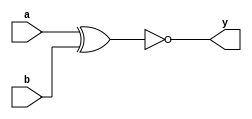
//EX-NOR GATE

//EX-NOR gate using Structural modeling
module xnor_gate_s(a,b,y);
input a,b;
output y;

xnor(y,a,b);
                
endmodule


//EX-NOR gate using data flow modeling
module xnor_gate_d(a,b,y);
input a,b;
output y;

assign y = ~(a ^ b);
                
endmodule


//EX-NOR gate using behavioural modeling
module XNOR_2_behavioral (output reg Y, input A, B);
always @ (A or B) begin
   if (A == 1'b0 & B == 1'b0) begin
       Y = 1'b1;
   end
   if (A == 1'b1 & B == 1'b1) begin
       Y = 1'b1;
   end
   else 
       Y = 1'b0;
end
endmodule